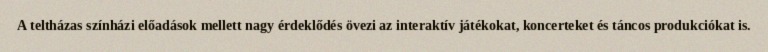
A teltházas színházi előadások mellett nagy érdeklődés övezi az interaktív játékokat, koncerteket és táncos produkciókat is.